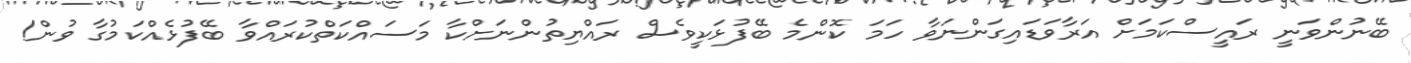
ބޭނުންވަނީ ރައީސްކަމަށް އަރާވަޑައިގަންނަވާ ހަމަ ކޮންމެ ބޭފުޅަކީވެސް ރައްޔިތުންނަށްކާ މަސައްކަތްކުރައްވާ ބޭފުޅެއްކަމުގާ ވުން!